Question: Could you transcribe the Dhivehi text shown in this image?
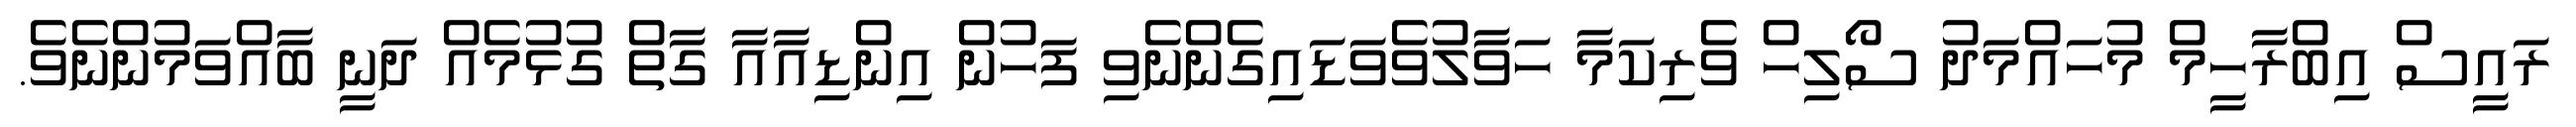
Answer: ރައީސް އިބްރާހީމް މުހައްމަދު ސޯލިހް ވެރިކަމާ ހަވާލުވެވަޑައިގެންނެވި ފަހުން އިންޑިއާއާ ގާތް ގުޅުމެއް ދަނީ ބާއްވަމުންނެވެ.